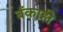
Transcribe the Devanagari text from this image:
बँकाही